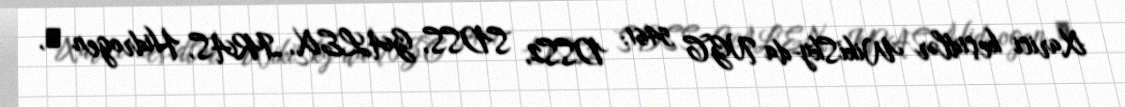
Xarici keçidlər WikiSky-da NGC 5461: DSS2, SDSS, GALEX, IRAS, Hidrogen α,